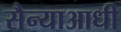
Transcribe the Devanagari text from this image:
सैन्याआधी